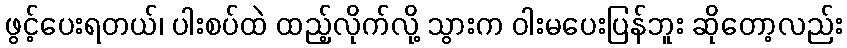
ဖွင့်ပေးရတယ်၊ ပါးစပ်ထဲ ထည့်လိုက်လို့ သွားက ဝါးမပေးပြန်ဘူး ဆိုတော့လည်း